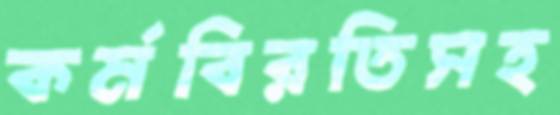
কর্মবিরতিসহ